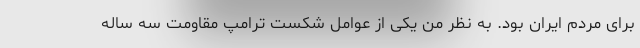
برای مردم ایران بود. به نظر من یکی از عوامل شکست ترامپ مقاومت سه ساله